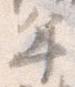
年